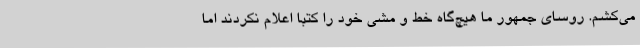
می‌کشم. روسای جمهور ما هیچ‌گاه خط و مشی خود را کتبا اعلام نکردند اما